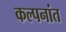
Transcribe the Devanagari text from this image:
कल्पनांत